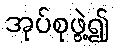
အုပ်စုဖွဲ့၍